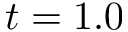
t = 1 . 0